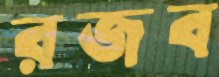
রজব